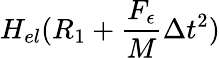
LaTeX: H_{el}(R_{1}+\frac{F_{\epsilon}}{M}\Delta t^{2})